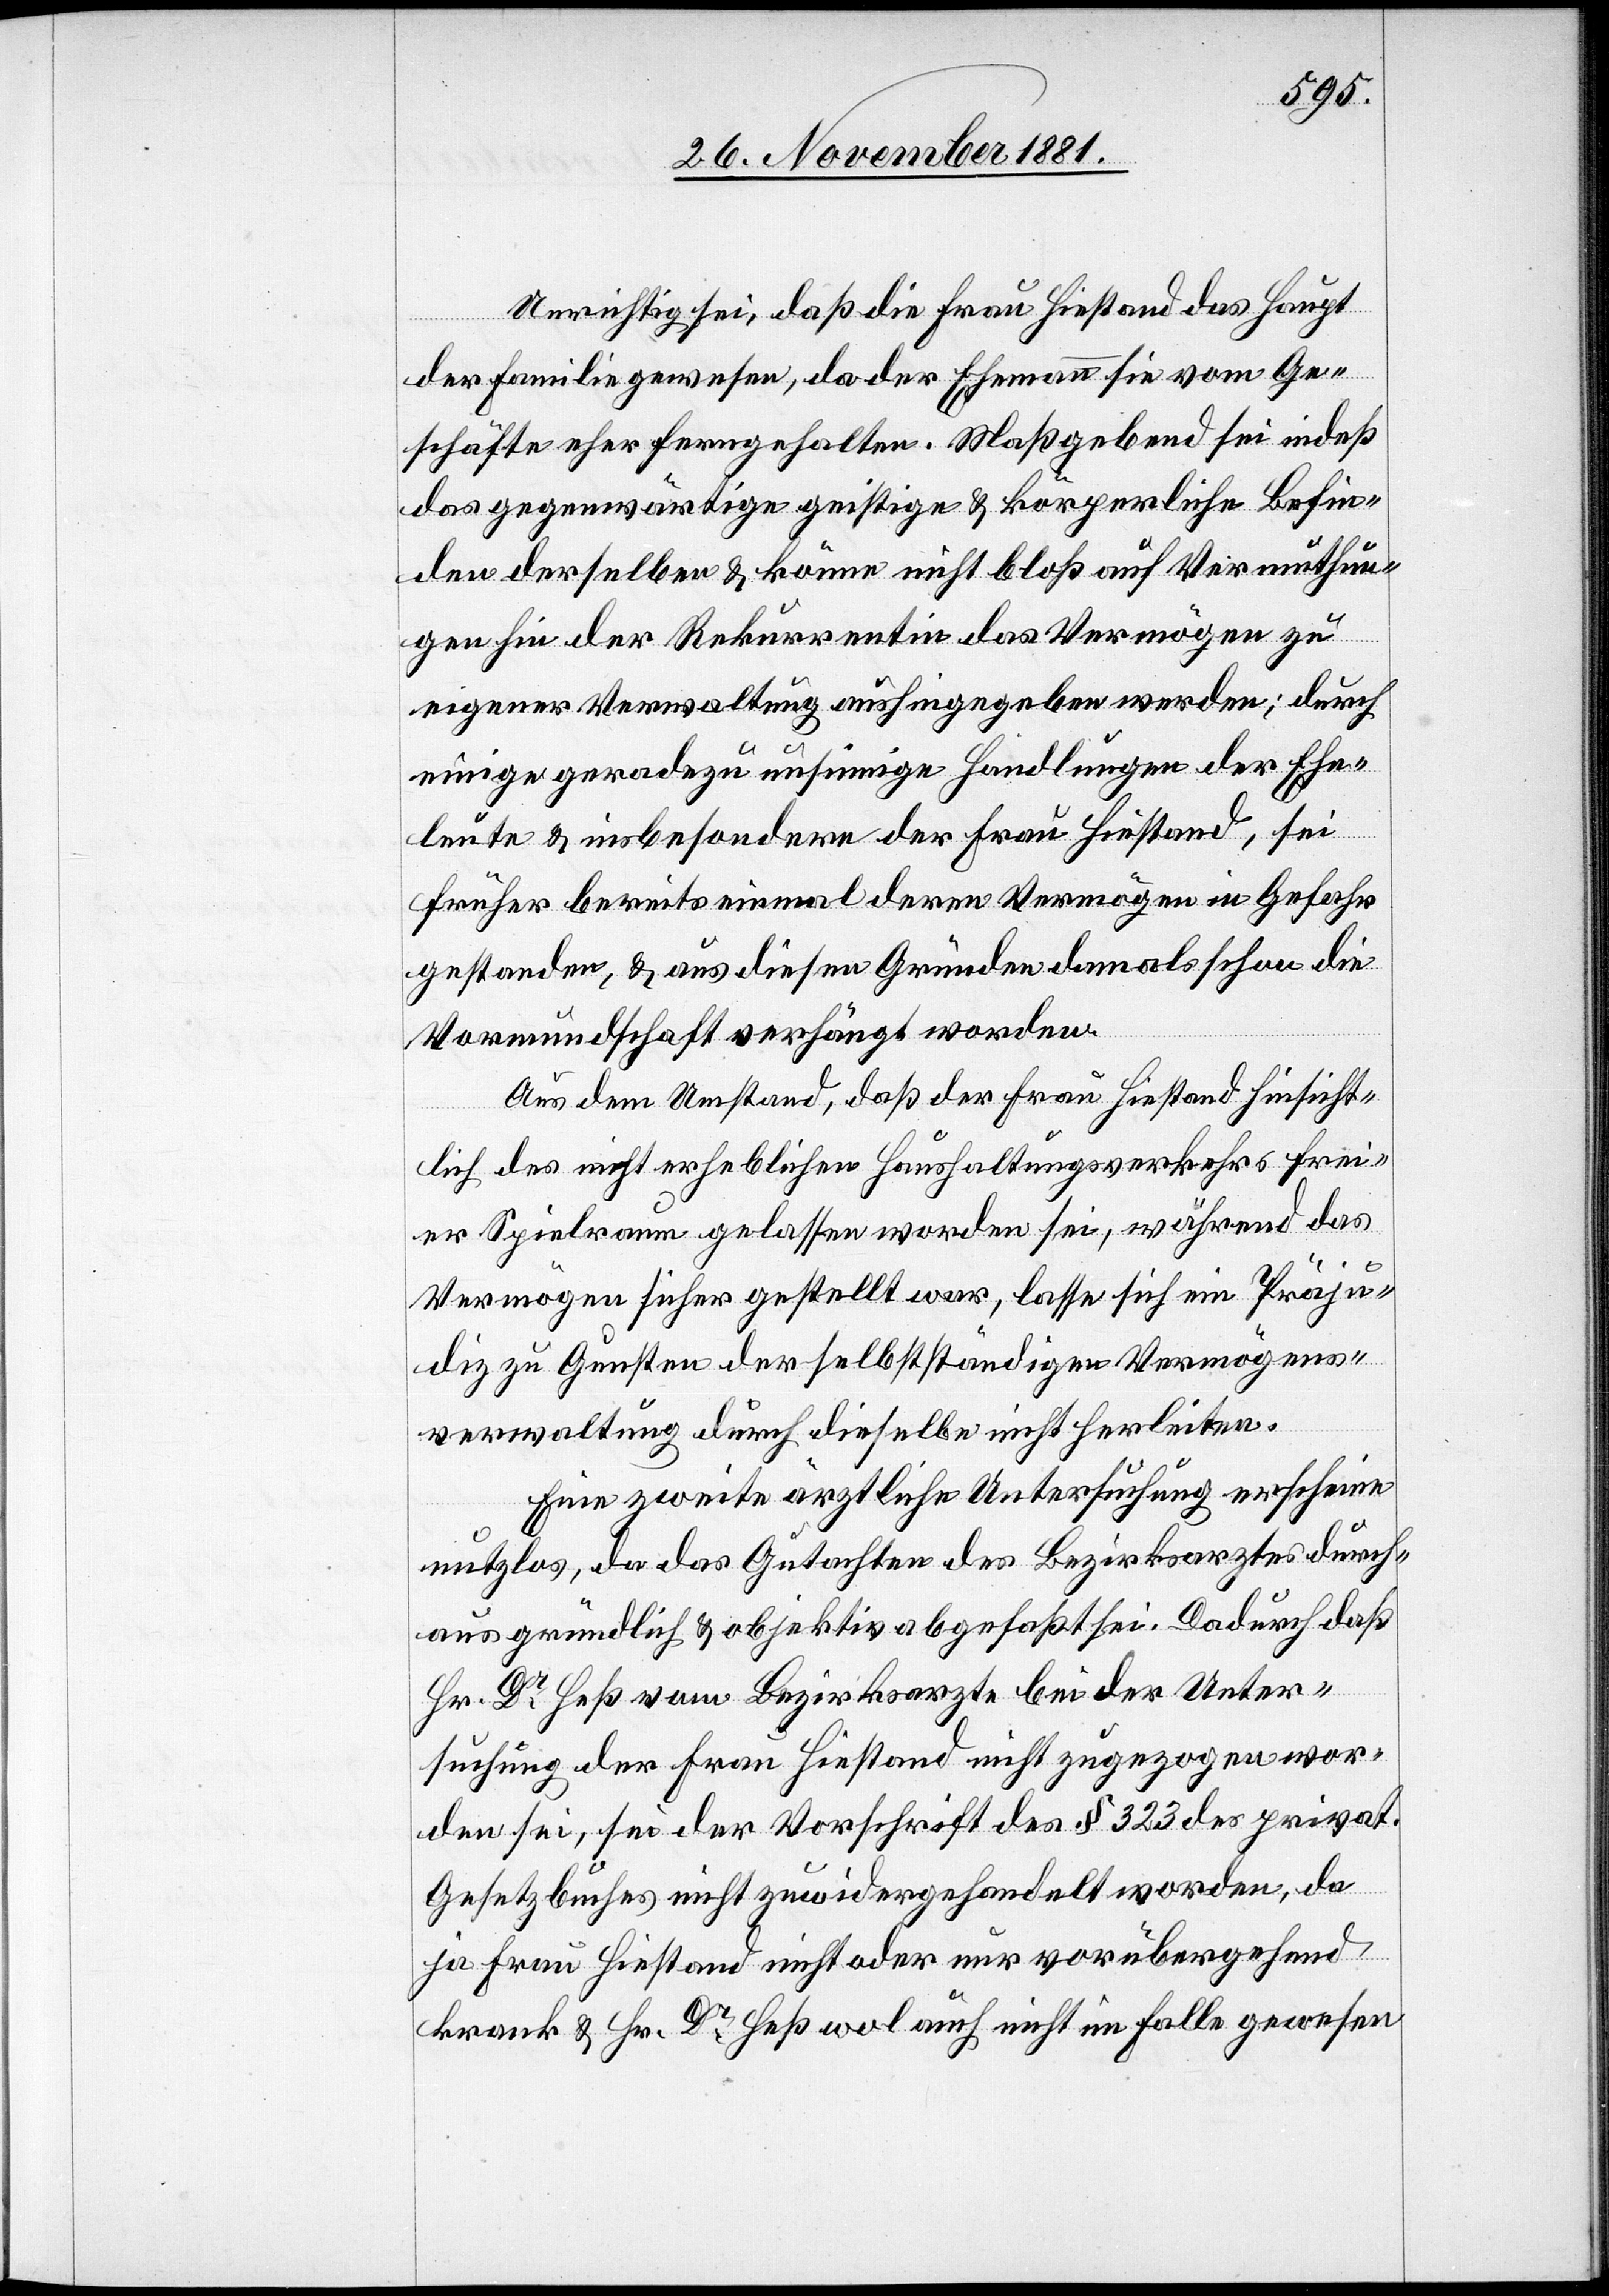
Unrichtig sei, daß die Frau Hiestand das Haupt
der Familie gewesen, da der Ehemann sie vom Ge¬
schäfte eher ferngehalten. Maßgebend sei indeß
das gegenwärtige geistige & körperliche Befin¬
den derselben & könne nicht bloß auf Vermuthun¬
gen hin der Rekurrentin das Vermögen zu
eigener Verwaltung aushingegeben werden; durch
einige geradezu unsinnige Handlungen der Ehe¬
leute & insbesondere der Frau Hiestand, sei
früher bereits einmal deren Vermögen in Gefahr
gestanden, & aus diesen Gründen damals schon die
Vormundschaft verhängt worden.
Aus dem Umstand, daß der Frau Hiestand hinsicht¬
lich des nicht erheblichen Haushaltungsverkehrs frei¬
er Spielraum gelassen worden sei, während das
Vermögen sicher gestellt war, lasse sich ein Präju¬
diz zu Gunsten der selbstständigen Vermögens¬
verwaltung durch dieselbe nicht herleiten.
Eine zweite ärztliche Untersuchung erscheine
nutzlos, da das Gutachten des Bezirksarztes durch¬
aus gründlich & objektiv abgefaßt sei. Dadurch daß
Hr. Dr Heß vom Bezirksarzte bei der Unter¬
suchung der Frau Hiestand nicht zugezogen wor¬
den sei, sei der Vorschrift des § 323 des privat.
Gesetzbuches nicht zuwidergehandelt worden, da
ja Frau Hiestand nicht oder nur vorübergehend
krank & Hr. Dr Heß wol auch nicht im Falle gewesen